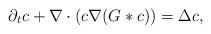
LaTeX: \begin{align*}\partial_t c +\nabla\cdot (c\nabla (G*c))=\Delta c,\end{align*}